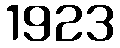
1923